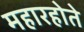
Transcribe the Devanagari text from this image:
महारहोते